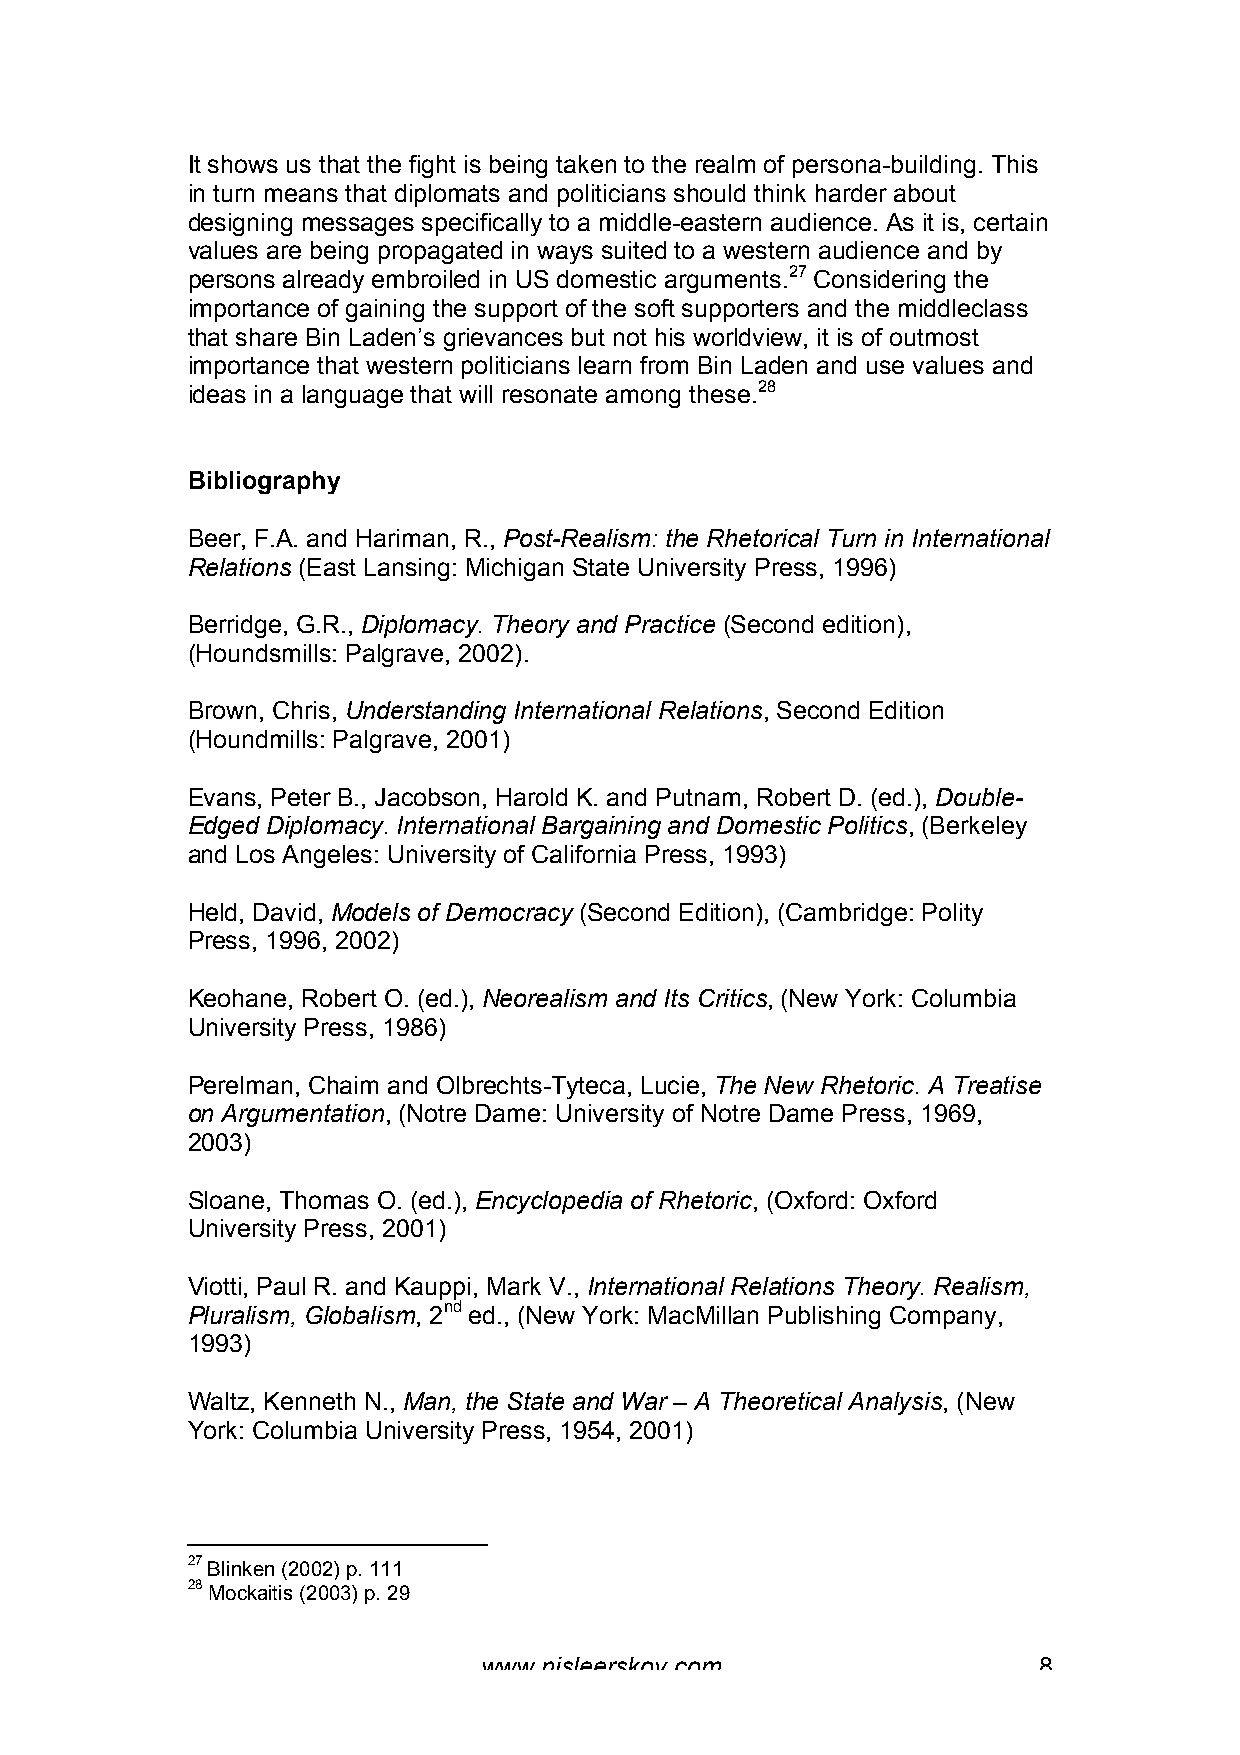
It shows us that the fight is being taken to the realm of persona-building. This
 in turn means that diplomats and politicians should think harder about
 designing messages specifically to a middle-eastern audience. As it is, certain
 values are being propagated in ways suited to a western audience and by
 persons already embroiled in US domestic arguments.27 Considering the
 importance of gaining the support of the soft supporters and the middleclass
 that share Bin Laden’s grievances but not his worldview, it is of outmost
 importance that western politicians learn from Bin Laden and use values and
 ideas in a language that will resonate among these.28
 Bibliography
 Beer, F.A. and Hariman, R., Post-Realism: the Rhetorical Turn in International
 Relations (East Lansing: Michigan State University Press, 1996)
 Berridge, G.R., Diplomacy. Theory and Practice (Second edition),
 (Houndsmills: Palgrave, 2002).
 Brown, Chris, Understanding International Relations, Second Edition
 (Houndmills: Palgrave, 2001)
 Evans, Peter B., Jacobson, Harold K. and Putnam, Robert D. (ed.), Double-
 Edged Diplomacy. International Bargaining and Domestic Politics, (Berkeley
 and Los Angeles: University of California Press, 1993)
 Held, David, Models of Democracy (Second Edition), (Cambridge: Polity
 Press, 1996, 2002)
 Keohane, Robert O. (ed.), Neorealism and Its Critics, (New York: Columbia
 University Press, 1986)
 Perelman, Chaim and Olbrechts-Tyteca, Lucie, The New Rhetoric. A Treatise
 on Argumentation, (Notre Dame: University of Notre Dame Press, 1969,
 2003)
 Sloane, Thomas O. (ed.), Encyclopedia of Rhetoric, (Oxford: Oxford
 University Press, 2001)
 Viotti, Paul R. and Kauppi, Mark V., International Relations Theory. Realism,
 Pluralism, Globalism, 2nd ed., (New York: MacMillan Publishing Company,
 1993)
 Waltz, Kenneth N., Man, the State and War – A Theoretical Analysis, (New
 York: Columbia University Press, 1954, 2001)
 27 Blinken (2002) p. 111
 28 Mockaitis (2003) p. 29
 www.nisleerskov.com                  8